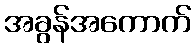
အခွန်အကောက်